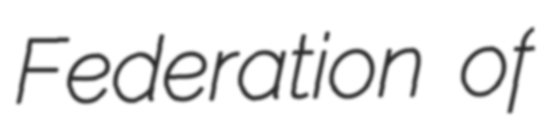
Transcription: Federation of